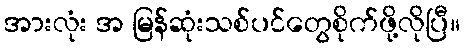
အားလုံး အ မြန်ဆုံးသစ်ပင်တွေစိုက်ဖို့လိုပြီ။